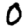
Digit: 0